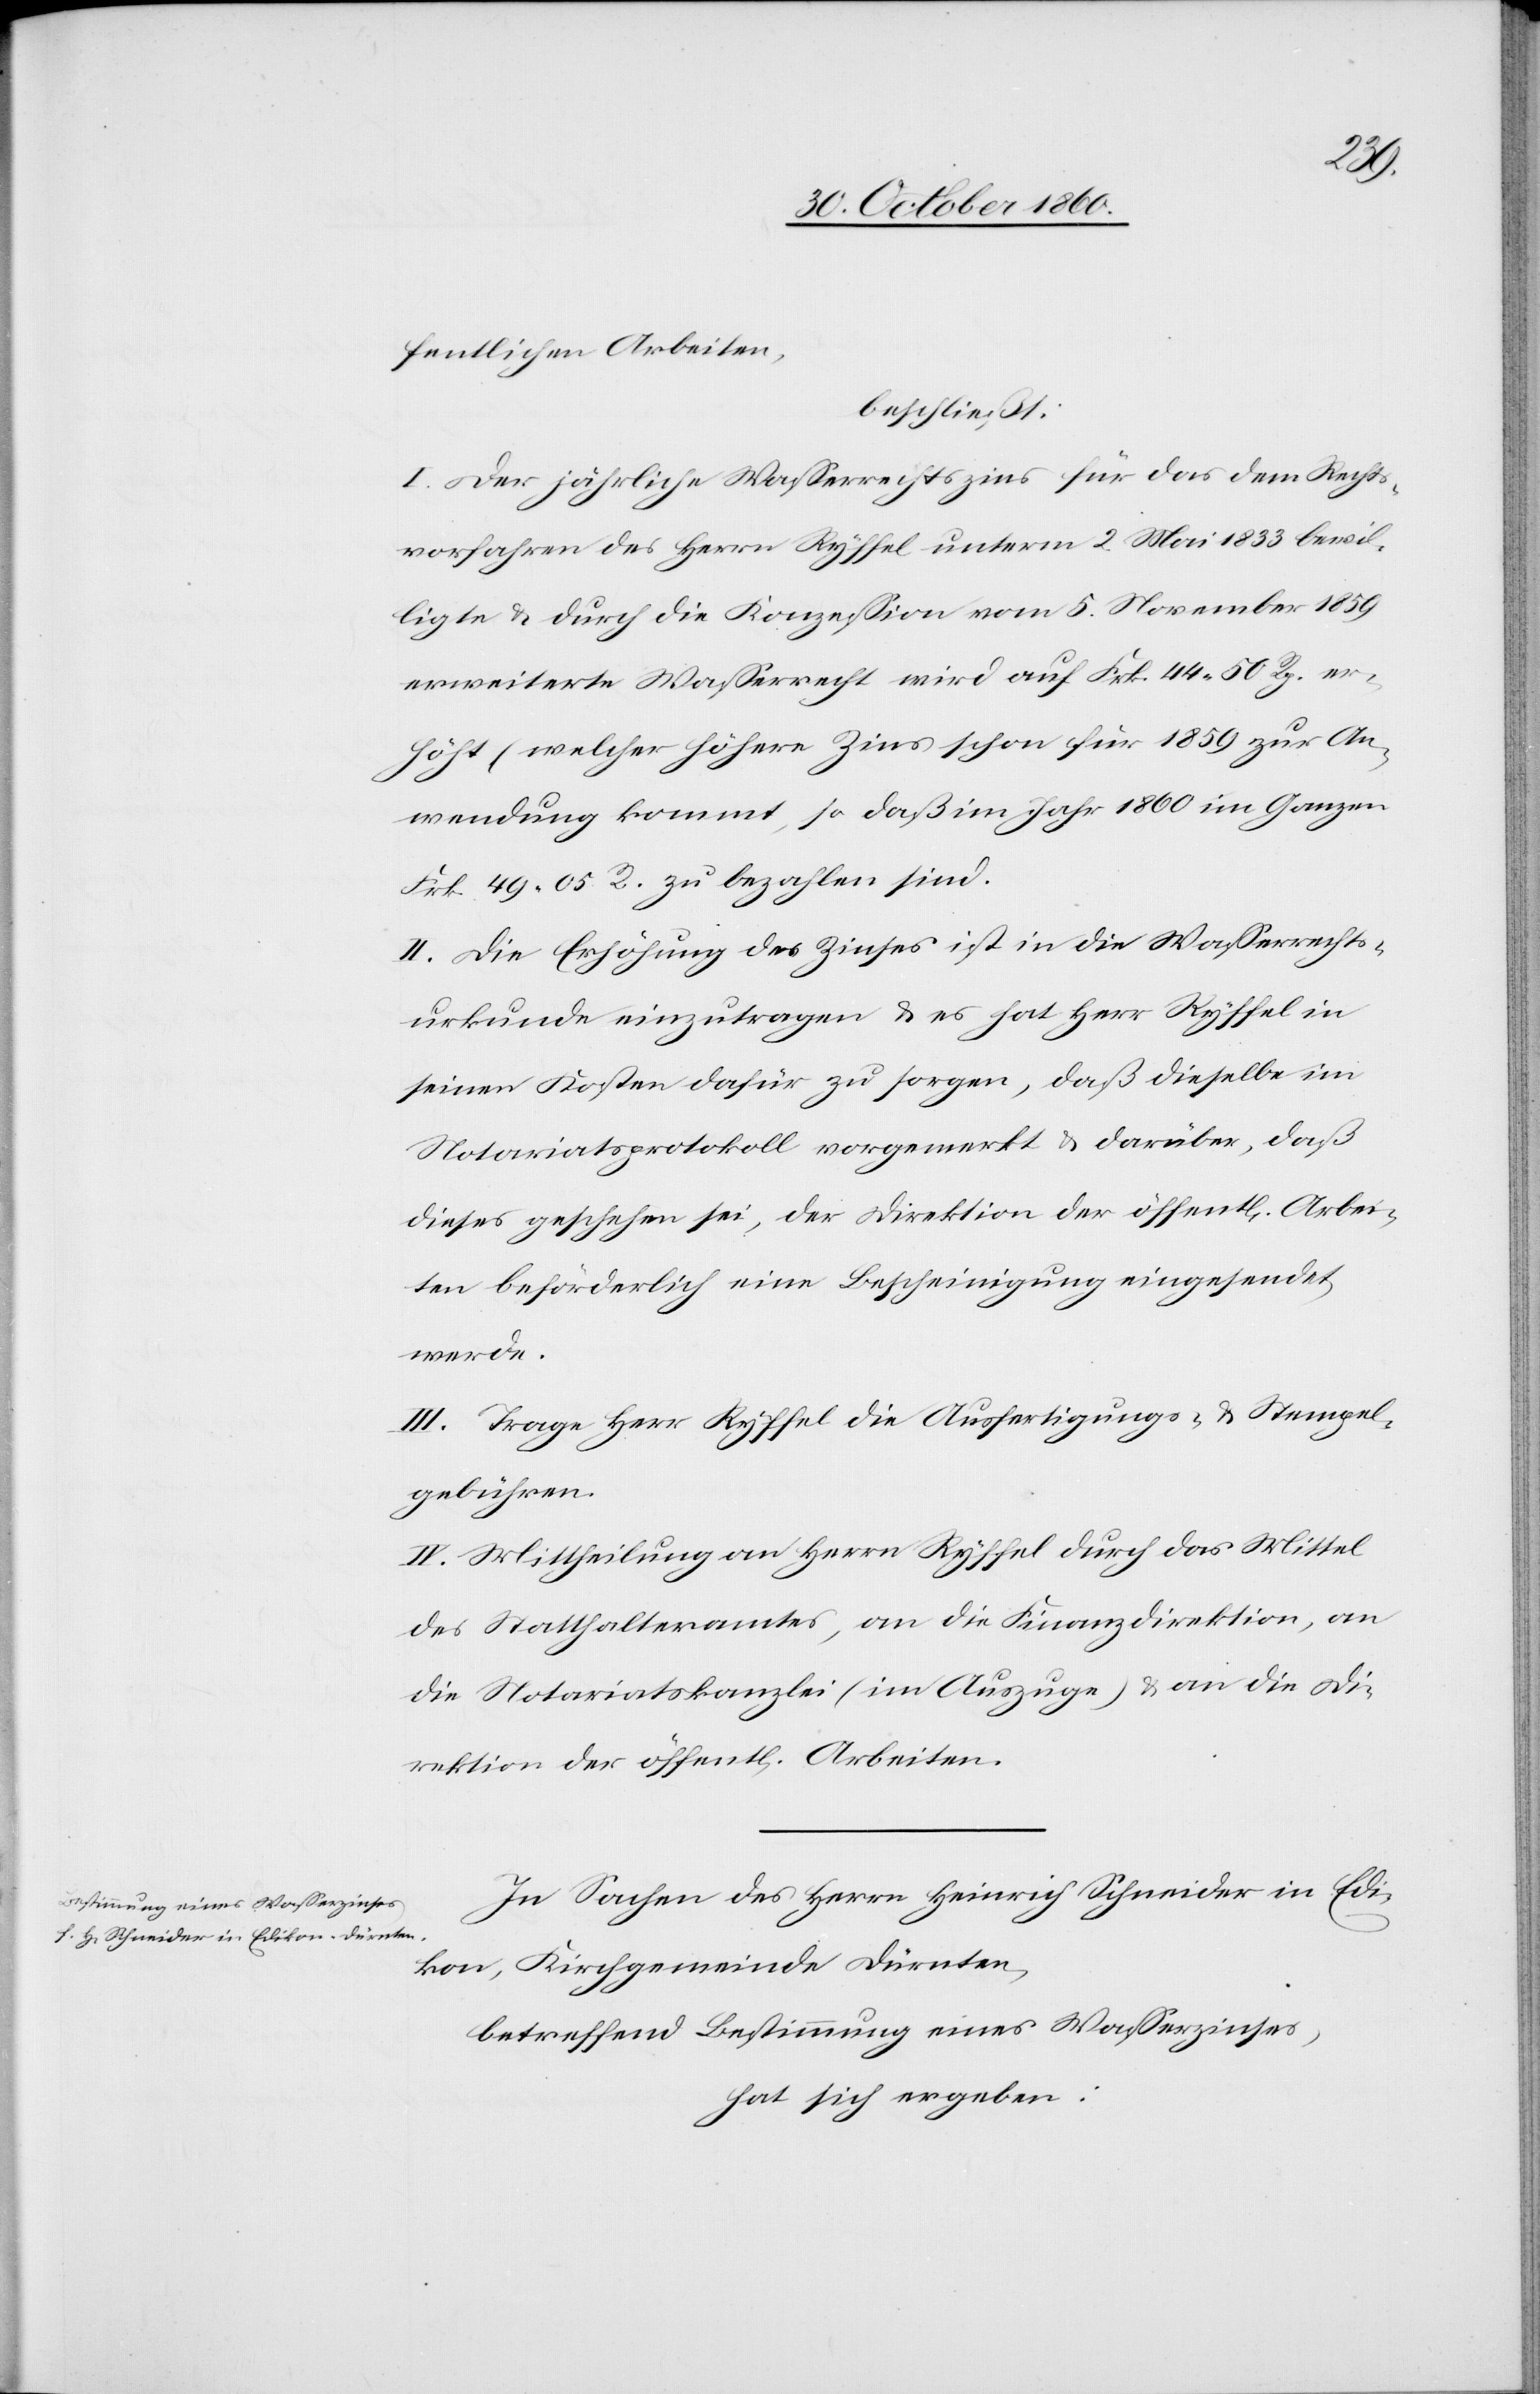
fentlichen Arbeiten,
beschließt:
I. Der jährliche Wasserrechtszins für das dem Rechts¬
vorfahren des Herrn Ryffel unterm 2. Mai 1833 bewil¬
ligte u. durch die Konzession vom 5. November 1859
erweiterte Wasserrecht wird auf Frk. 44 50 Rp. er¬
höht (welcher höhere Zins schon für 1859 zur An¬
wendung kommt, so daß im Jahr 1860 im Ganzen
Frk. 49 05 Rp. zu bezahlen sind.[)]
II. Die Erhöhung des Zinses ist in die Wasserrechts¬
urkunde einzutragen u. es hat Herr Ryffel in
seinen Kosten dafür zu sorgen, daß dieselbe im
Notariatsprotokoll vorgemerkt u. darüber, daß
dieses geschehen sei, der Direktion der öffent[lichen] Arbei¬
ten beförderlich eine Bescheinigung eingesendet
werde.
III. Trage Herr Ryffel die Ausfertigungs- u. Stempel¬
gebühren.
IV. Mitheilung an Herrn Ryffel durch das Mittel
des Statthalteramtes, an die Finanzdirektion, an
die Notariatskanzlei (im Auszuge) u. an die Di¬
rektion der öffent[lichen] Arbeiten.
In Sachen des Herrn Heinrich Schneider in Edi¬
kon, Kirchgemeinde Dürnten,
betreffend Bestimmung eines Wasserzinses,
hat sich ergeben: